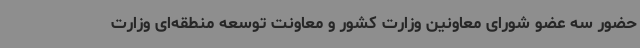
حضور سه عضو شورای معاونین وزارت کشور و معاونت توسعه منطقه‌ای وزارت